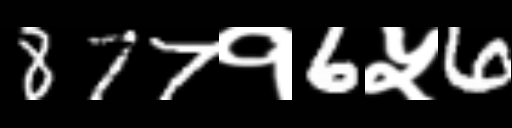
Text: 877१6५6